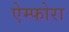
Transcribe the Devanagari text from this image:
ऐम्फोरा